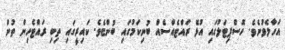
އަހާލެވުނެވެ. ހޮސްޕިޓަލުގައި އުޅޭ ރައްޓެއްސެއް ބުނިކަމުގައި ބުންޏެވެ. ކައިރީގައި ތިބި ރައްޓެހިން ތުން